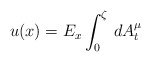
\begin{align*} u(x)=E_x\int_0^\zeta\,dA^\mu_t\end{align*}